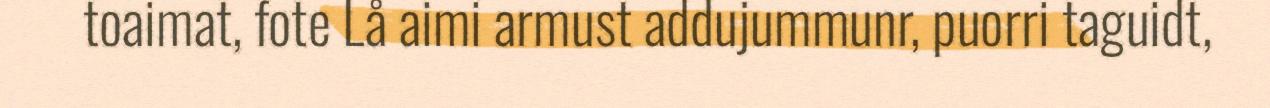
toaimat, fote Lå aimi armust addujummunr, puorri taguidt,